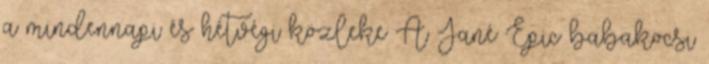
a mindennapi és hétvégi közleke A Jané Epic babakocsi